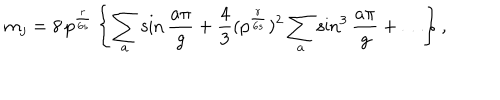
m _ { j } = 8 \, p ^ { \frac { r } { 6 s } } \left\{ \sum _ { a } \sin \frac { a \pi } { g } + \frac { 4 } { 3 } ( p ^ { \frac { r } { 6 s } } ) ^ { 2 } \sum _ { a } \sin ^ { 3 } \frac { a \pi } { g } + \ldots \right\} ,